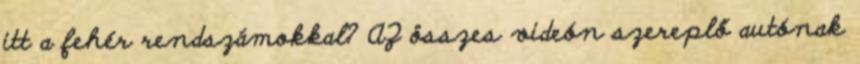
itt a fehér rendszámokkal? AZ összes videón szereplő autónak